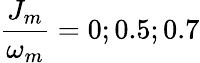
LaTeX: \frac{J_{m}}{\omega_{m}}=0;0.5;0.7